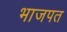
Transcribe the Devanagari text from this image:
भाजपत